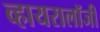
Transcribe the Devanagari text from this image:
व्हायरालॉजी